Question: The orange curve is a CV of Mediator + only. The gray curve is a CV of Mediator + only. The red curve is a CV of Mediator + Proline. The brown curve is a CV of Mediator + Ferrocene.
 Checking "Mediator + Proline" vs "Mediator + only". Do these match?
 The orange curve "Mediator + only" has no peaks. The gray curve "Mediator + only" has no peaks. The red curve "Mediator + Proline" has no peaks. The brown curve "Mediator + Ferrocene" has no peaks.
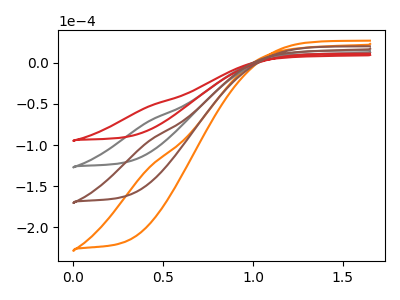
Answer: <think>Neither "Mediator + Proline" or "Mediator + only" have any peaks.
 </think>
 <answer>"Mediator + Proline" and "Mediator + only" are similar in shape.</answer>
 <eval>same_shape</eval>